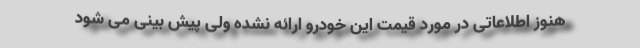
هنوز اطلاعاتی در مورد قیمت این خودرو ارائه نشده ولی پیش بینی می شود